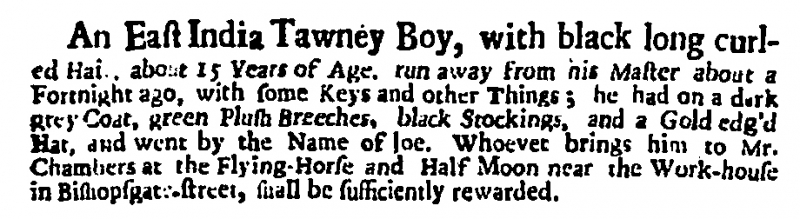
Daily Post, 28 August 1721 (England)
An East India Tawney Boy, with black long curled Hair, about 15 Years of Age, run away from his Master about a Fortnight ago, with some Keys and other Things; he had on a dark grey Coat, green Plush Breeches, black Stockings, and a Gold edg’d Hat, and went by the Name of Joe. Whoever brings him to Mr. Chambers at the Flying-Horse and Half Moon near the Work-house in Bishopsgate-street, shall be sufficiently rewarded.